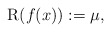
\begin{align*} \mathrm{R}(f(x)):=\mu,\end{align*}